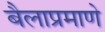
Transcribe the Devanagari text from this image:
बैलाप्रमाणे